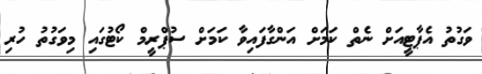
ވަގުތު އެޕާޓީއަށް ނެތް ކަމަށް އަންގާފައިވާ ކަމަށް ސުޕްރީމް ކޯޓުގައި މިވަގުތު ހުރި